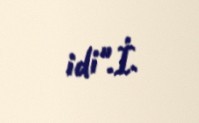
idi".İ.